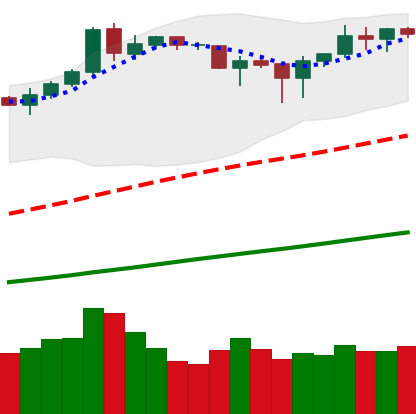
Ticker: BNB-USD
Chart end date: 2019-04-17
Forward return: 21.959%
Label: up_7plus